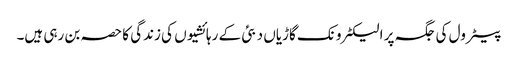
پیٹرول کی جگہ پر الیکٹرونک گاڑیاں دبئی کے رہائشیوں کی زندگی کا حصہ بن رہی ہیں۔